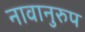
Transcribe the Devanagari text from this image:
नावानुरुप